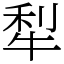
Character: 犁